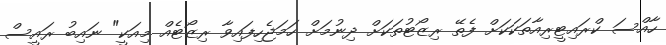
ހާއްސަ ކްރައިޓީރިއާތަކަކަށް ފެތޭ ރިޒޯޓުތަކަށް ދިނުމަށް ހަމަޖެހިފައިވާ ރިޒޯޓެއް މިއަކީ" ނައިބު ރައީސް